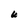
Character: U